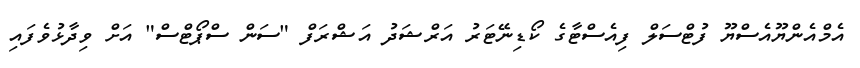
އެމްއެންޔޫއެސްޔޫ ފުޓްސަލް ފިއެސްޓާގެ ކޯޑިނޭޓަރު އަރްޝަދު އަޝްރަފް "ސަން ސްޕޯޓްސް" އަށް ވިދާޅުވެފައި